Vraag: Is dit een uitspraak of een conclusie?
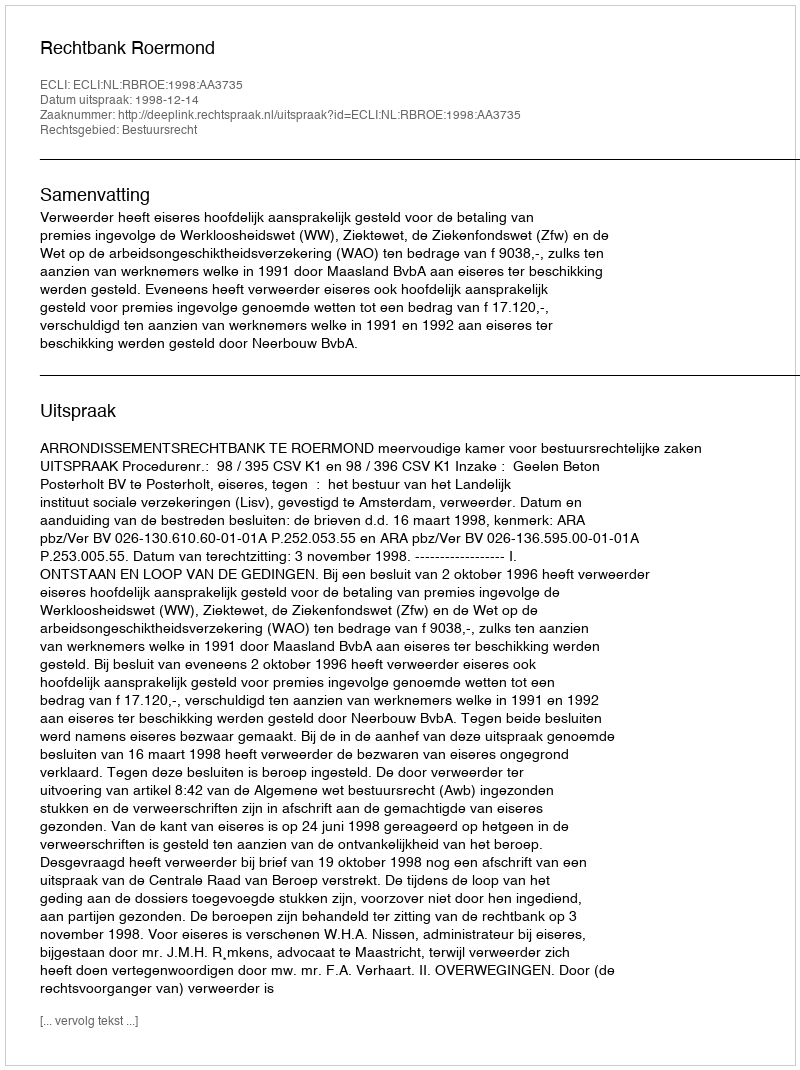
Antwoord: Uitspraak